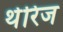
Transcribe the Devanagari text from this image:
थेरिज